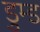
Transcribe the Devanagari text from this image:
डुम्ड